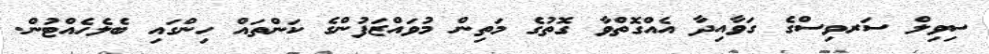
ސިވިލް ސަރވިސްގެ ގަވާއިދާ އެއްގޮތްވާ ގޮތުގެ މަތިން މުވައްޒަފުންގެ ކަންތައް ހިންގައި ބެލެހެއްޓުން.